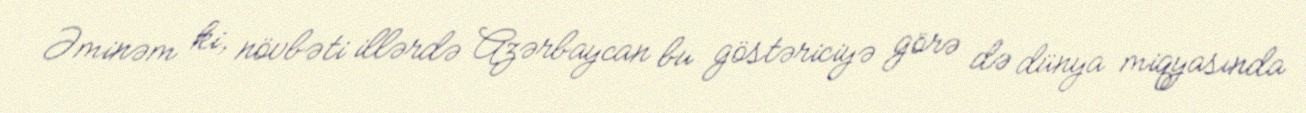
Əminəm ki, növbəti illərdə Azərbaycan bu göstəriciyə görə də dünya miqyasında